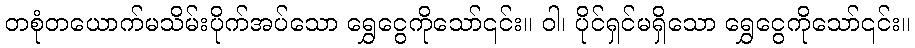
တစုံတယောက်မသိမ်းပိုက်အပ်သော ရွှေငွေကိုသော်၎င်း။ ဝါ၊ ပိုင်ရှင်မရှိသော ရွှေငွေကိုသော်၎င်း။